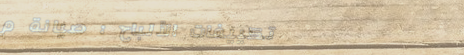
تكييفات الألباح : صيانة م